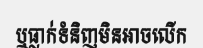
ឬធ្លាក់ទំនិញមិនអាចលើក